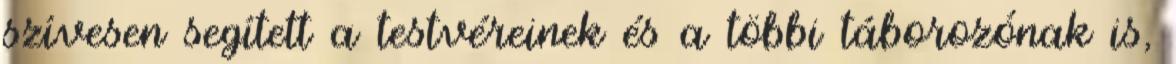
szívesen segített a testvéreinek és a többi táborozónak is,